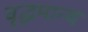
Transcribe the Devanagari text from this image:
वृद्धमान्य